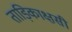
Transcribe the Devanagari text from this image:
ताड़िकाक्षसी